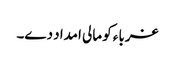
غرباء کو مالی امداد دے۔